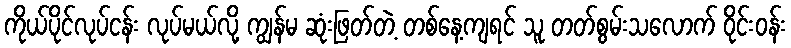
ကိုယ်ပိုင်လုပ်ငန်း လုပ်မယ်လို့ ကျွန်မ ဆုံးဖြတ်တဲ့ တစ်နေ့ကျရင် သူ တတ်စွမ်းသလောက် ဝိုင်းဝန်း